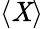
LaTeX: \langle\mathit{X}\rangle